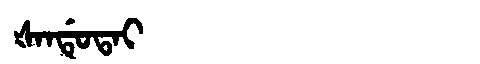
Manchu: ᡧᠠᠨᡩᡠᡨᠠᡳ
Romanization: ŠANDUTAI